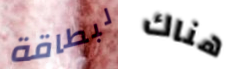
لبطاقة هناك